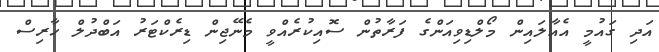
އަދި ގައުމީ އެއާލައިން މޯލްޑިވިއަންގެ ފަރާތުން ސޮއިކުރެއްވީ މެނޭޖިން ޑިރެކްޓަރު އަބްދުލް ހާރިސް